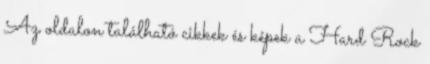
Az oldalon található cikkek és képek a Hard Rock